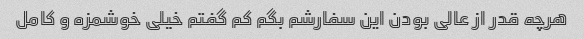
هرچه قدر از عالی بودن این سفارشم بگم کم گفتم خیلی خوشمزه و کامل